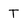
Character: T